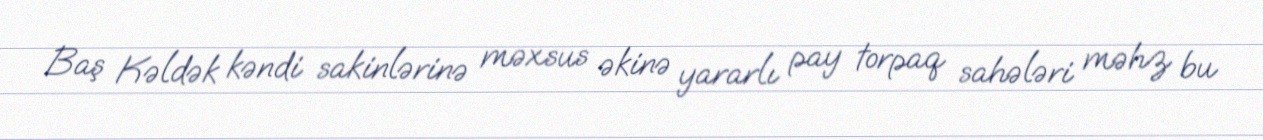
Baş Kəldək kəndi sakinlərinə məxsus əkinə yararlı pay torpaq sahələri məhz bu